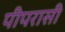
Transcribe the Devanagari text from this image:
पीपरासी